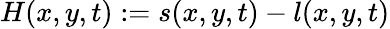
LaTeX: H(x,y,t):=s(x,y,t)-l(x,y,t)